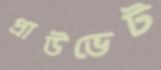
প্রাউভেট